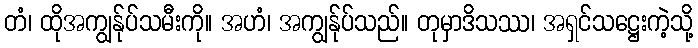
တံ၊ ထိုအကျွန်ုပ်သမီးကို။ အဟံ၊ အကျွန်ုပ်သည်။ တုမှာဒိသဿ၊ အရှင်သဋ္ဌေးကဲ့သို့